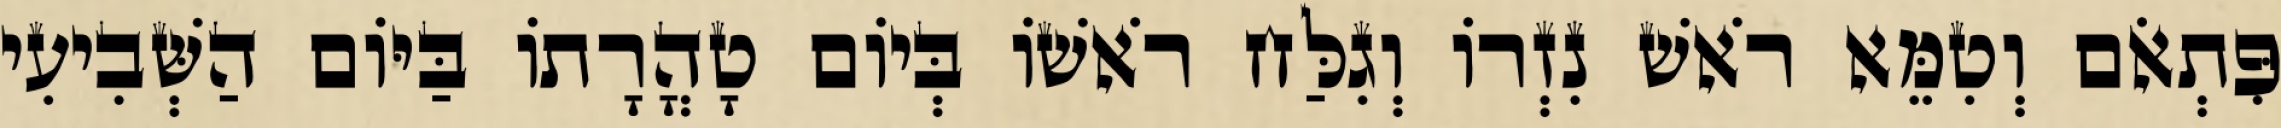
פִּתְאֹם וְטִמֵּא רֹאשׁ נִזְרוֹ וְגִלַּח רֹאשׁוֹ בְּיוֹם טָהֳרָתוֹ בַּיּוֹם הַשְּׁבִיעִי